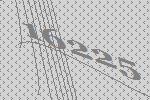
16225